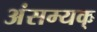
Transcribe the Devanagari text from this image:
अंसम्यक्